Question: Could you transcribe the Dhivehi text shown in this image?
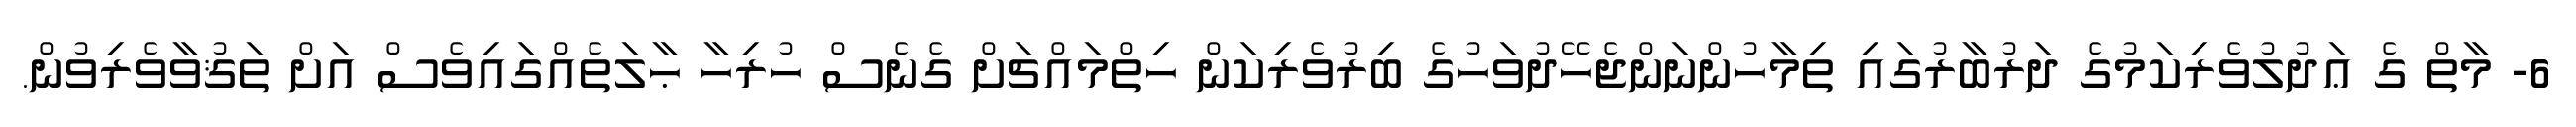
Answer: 6- މާތް ގެ ޢަދުލުވެރިކަމުގެ ދަރުބާރުގައި ތިމާހުންނަންޖެހޭދުވަހުގެ ބިރުވެރިކަން ހިތްމައްޗަށް ގެނެސް ހުރިހާ ޙާލަތެއްގައިވެސް އަށް ތަޤުވާވެރިވުން.